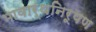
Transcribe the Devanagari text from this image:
भावार्थनिरूपण